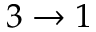
3 \to 1